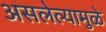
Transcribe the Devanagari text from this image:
असलेल्यामुळे